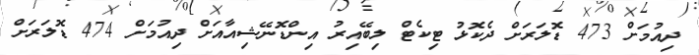
ދިއުމަށް 473 ޑޮލަރަށް ދެކޮޅު ޓިކެޓް ލިބޭއިރު އިންޑޮނޭޝިއާއަށް ދިއުމަށް 474 ޑޮލަރަށް